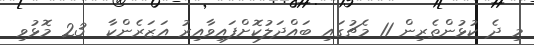
މި ދެ ކުޅުންތެރިން 11 މެޗުގައި ބައްދަލުކޮށްފައިވާއިރު އަޒަރެންކާ  23 މޮޅުވި